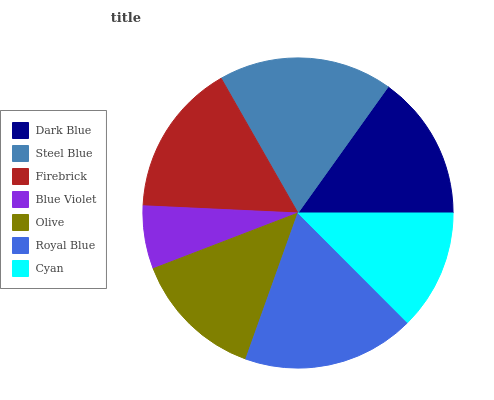
| Dark Blue | Steel Blue | Firebrick | Blue Violet | Olive | Royal Blue | Cyan |
 | --- | --- | --- | --- | --- | --- | --- |
 | 15.1% | 18.1% | 16.1% | 6.57% | 13.7% | 18% | 12.5% |